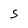
Character: S